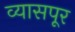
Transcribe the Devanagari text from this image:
व्यासपूर